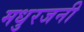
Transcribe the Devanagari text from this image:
मधुरजनी